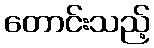
တောင်းသည့်